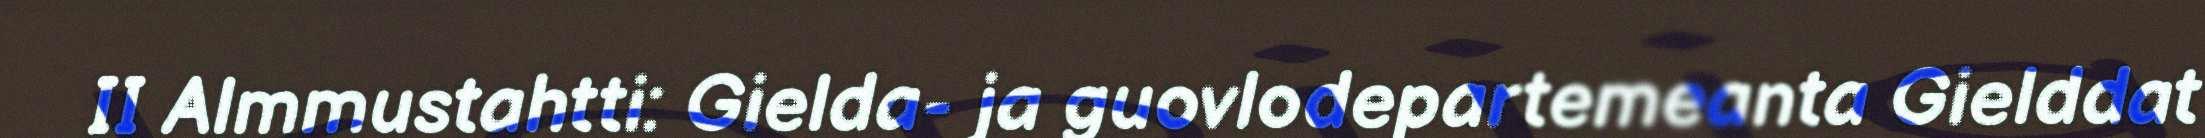
II Almmustahtti: Gielda- ja guovlodepartemeanta Gielddat